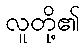
လူတို့၏